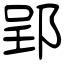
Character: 郢